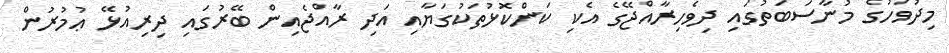
މިދުވަހުގެ މުނާސަބަތުގައި ދިވެހިރާއްޖޭގެ އެކި ކަންކޮޅުތަކުގަޔާއި އަދި ރާއްޖެއިން ބޭރުގައި ދިރިއުޅޭ ޢުމުރުން